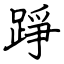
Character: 踭